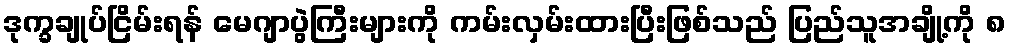
ဒုက္ခချုပ်ငြိမ်းရန် မေဂျာပွဲကြီးများကို ကမ်းလှမ်းထားပြီးဖြစ်သည် ပြည်သူအချို့ကို ၈